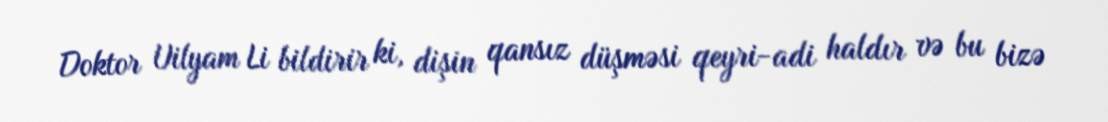
Doktor Uilyam Li bildirir ki, dişin qansız düşməsi qeyri-adi haldır və bu bizə